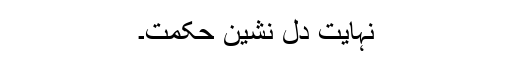
نہایت دل نشین حکمت۔